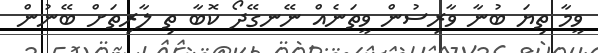
ވީމާ ތިޔަ ބުނާ ވާރިސުން ވީތަނެއް ނޭނގޭދޯ ކޮބާ ތި ލާރިތަށް ބޭނުން